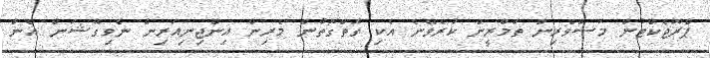
ޕްރޮޖެކްޓުން މަސްވެރިން ތަމްރީން ކުރެވޭނެ އެކި ގޮތްގޮތުން މެރިން އިންޖިނިއަރިން ނެވިގޭޝަން އެން